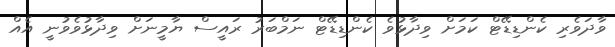
ވާދަވެރި ކެންޑިޑޭޓް ކަމަށް ވިދާޅުވެ ކެންޑިޑޭޓް ނަމްބަރު ރައީސް ޔާމީނަށް ވިދާޅުވެވުނީ އެއް